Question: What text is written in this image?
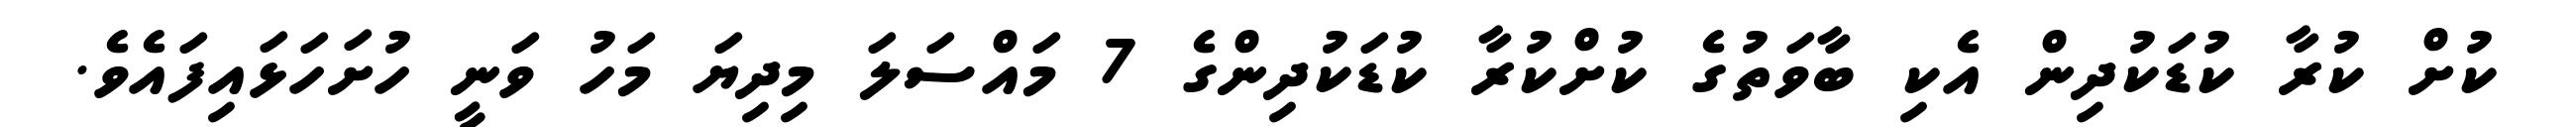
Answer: ކުށް ކުރާ ކުޑަކުދިން އެކި ބާވަތުގެ ކުށްކުރާ ކުޑަކުދިންގެ 7 މައްސަލަ މިދިޔަ މަހު ވަނީ ހުށަހަޅައިފައެވެ.